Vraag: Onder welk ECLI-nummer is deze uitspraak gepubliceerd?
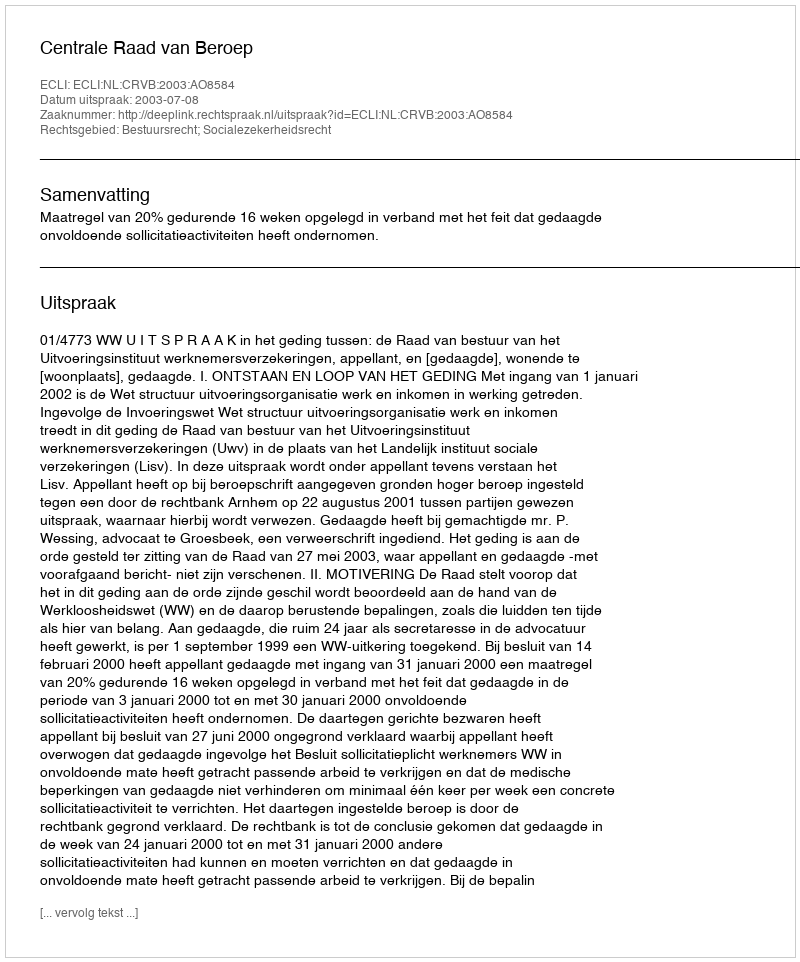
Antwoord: ECLI:NL:CRVB:2003:AO8584